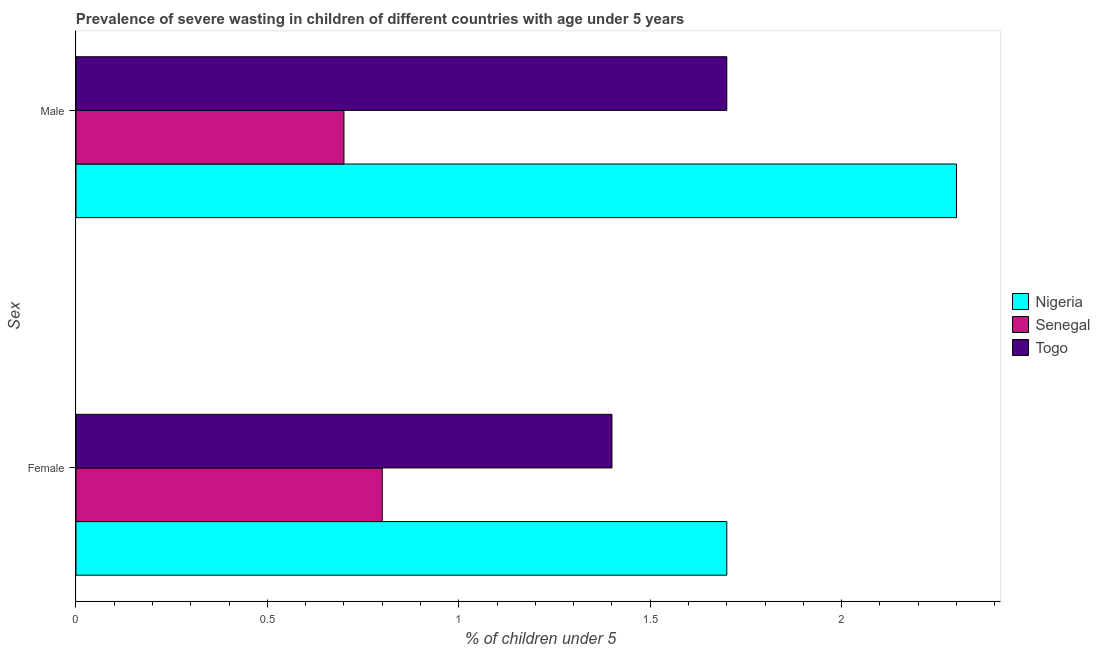
| Sex | Nigeria | Senegal | Togo |
 | --- | --- | --- | --- |
 | Female | 1.7 | 0.8 | 1.4 |
 | Male | 2.3 | 0.7 | 1.7 |